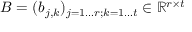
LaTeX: B = ( b _ { j , k } ) _ { j = 1 \ldots r ; k = 1 \ldots t } \in \mathbb { R } ^ { r \times t }